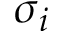
\sigma _ { i }